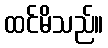
ထင်မိသည်။